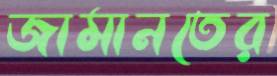
জামানতের